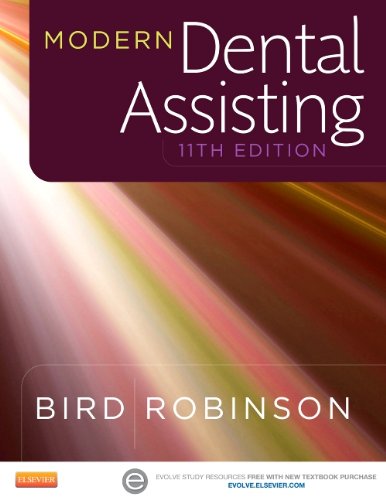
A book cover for Modern Dental Assisting, 11e; Doni L. Bird CDA  RDA  RDH  MA; Medical Books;